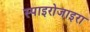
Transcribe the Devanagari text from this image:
स्पाइरोजाइरा